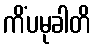
ကိံပမုခါတိ